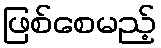
ဖြစ်စေမည့်